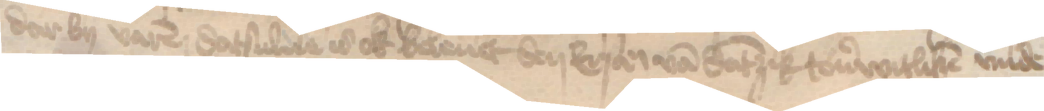
dar by varen datsulue is ok beleuet den Ersamen van Dantzik touerwitliken vnde